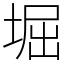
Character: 堀